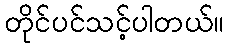
တိုင်ပင်သင့်ပါတယ်။